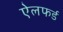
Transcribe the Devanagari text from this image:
ऐलफर्ड